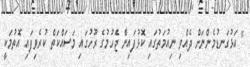
" އަޅުގަނޑުމެންނަށް ދެއްވި ނިއުމަތުގައި ކޮޅުފައިން ޖެހުމުގެ ރޫހުގައި މަސައްކަތް ކުރެވިފައި އޮތުމަކީ